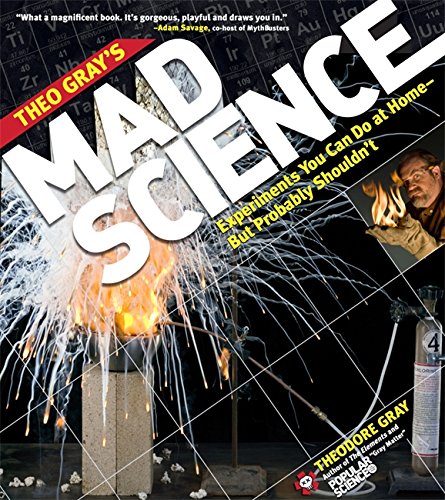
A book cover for Theo Gray's Mad Science: Experiments You Can do At Home - But Probably Shouldn't; Theodore Gray; Science & Math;